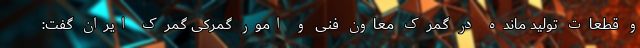
و قطعات تولید مانده در گمرک معاون فنی و امور گمرکی گمرک ایران گفت: